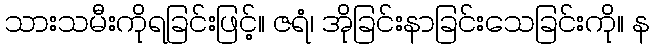
သားသမီးကိုရခြင်းဖြင့်။ ဇရံ၊ အိုခြင်းနာခြင်းသေခြင်းကို။ န